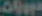
مجوزات